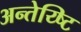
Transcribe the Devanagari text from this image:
अन्तेय्ष्टि